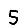
Digit: 5